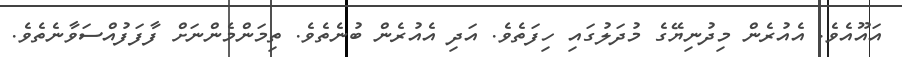
އައޫއެވެ. އެއުރެން މިދުނިޔޭގެ މުދަލުގައި ހިފަތެވެ. އަދި އެއުރެން ބުނެތެވެ. ތިމަންމެންނަށް ފާފަފުއްސަވާނެތެވެ.